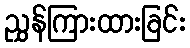
ညွှန်ကြားထားခြင်း